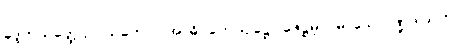
ခုဒ္ဒကသတ္ထေ ဥပါသကောဝ အာဓိပတေယျဋ္ဌော ဇေဋ္ဌမူလမာသေ ပိဏ္ဍဒါယကာ